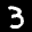
Label: 3